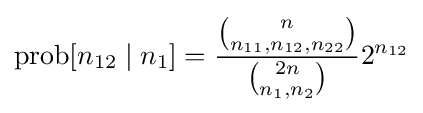
\operatorname {prob} [n_{12}\mid n_{1}]={\frac {\binom {n}{n_{11},n_{12},n_{22}}}{\binom {2n}{n_{1},n_{2}}}}2^{n_{12}}